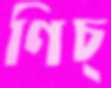
ণিচ্‌